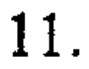
$11.$